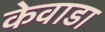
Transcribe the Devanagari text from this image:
केवाडा